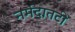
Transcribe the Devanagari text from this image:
नर्मदातटी